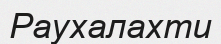
Раухалахти